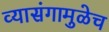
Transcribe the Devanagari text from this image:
व्यासंगामुळेच